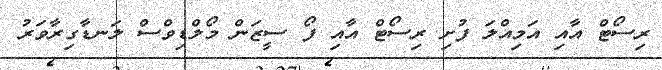
ރިސޯޓް އާއި އަމިއްލަ ފުށި ރިސޯޓް އާއި ފޯ ސީޒަން މޯލްޑިވްސް ލަނޑާގިރާވަރު